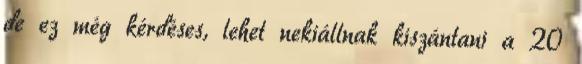
de ez még kérdéses, lehet nekiállnak kiszántani a 20